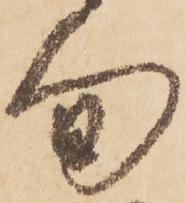
旬